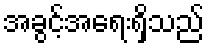
အခွင့်အရေးရှိသည်